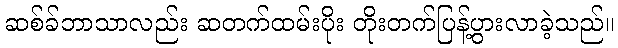
ဆစ်ခ်ဘာသာလည်း ဆတက်ထမ်းပိုး တိုးတက်ပြန့်ပွားလာခဲ့သည်။